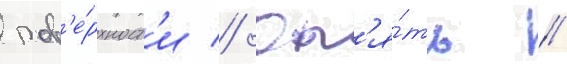
пов'е́рхност'и // Оп'я́ть /